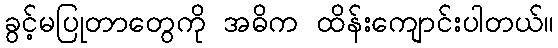
ခွင့်မပြုတာတွေကို အဓိက ထိန်းကျောင်းပါတယ်။